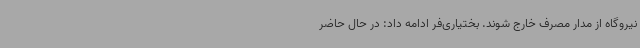
نیروگاه از مدار مصرف خارج شوند. بختیاری‌فر ادامه داد: در حال حاضر